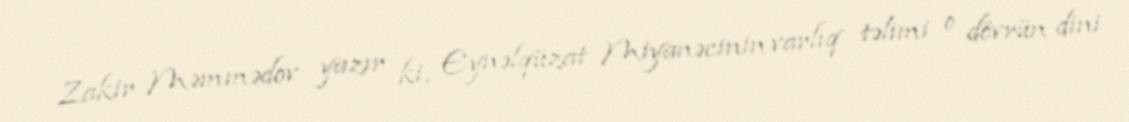
Zakir Məmmədov yazır ki, Eynəlqüzat Miyanəcinin varlıq təlimi o dövrün dini